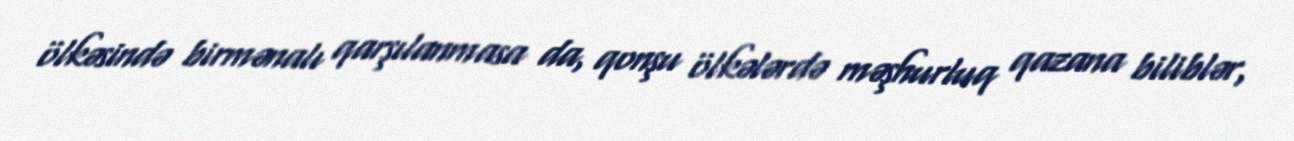
ölkəsində birmənalı qarşılanmasa da, qonşu ölkələrdə məşhurluq qazana biliblər,